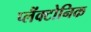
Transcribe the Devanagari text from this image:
प्लैंक्टोनिक